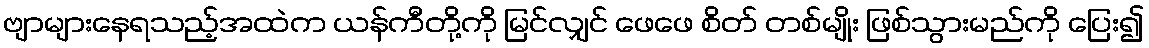
ဗျာများနေရသည့်အထဲက ယန်ကီတို့ကို မြင်လျှင် ဖေဖေ စိတ် တစ်မျိုး ဖြစ်သွားမည်ကို ပြေး၍